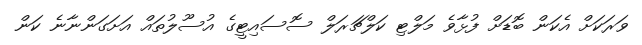
ވަރަކަށް އެކަން ބޮޑަށް ފުޅާވެ މަލްޓި ކަލްޗަރަލް ސޮސައިޓީގެ އުސޫލުތައް އަށަގަންނާނެ ކަން